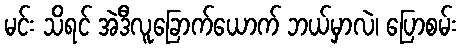
မင်း သိရင် အဲဒီလူခြောက်ယောက် ဘယ်မှာလဲ၊ ပြောစမ်း